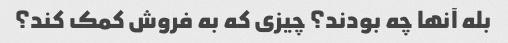
بله آنها چه بودند؟ چیزی که به فروش کمک کند؟